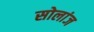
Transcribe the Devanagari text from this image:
सोलांज